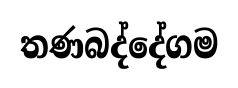
තණබද්දේගම